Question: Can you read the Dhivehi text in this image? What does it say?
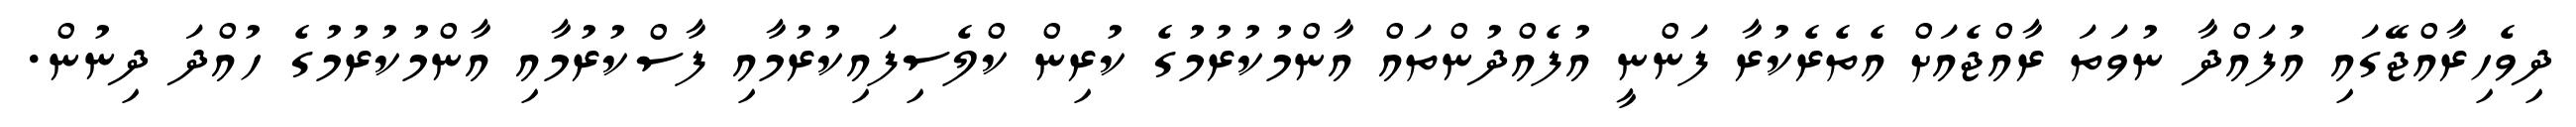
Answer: ދިވެހިރާއްޖޭގައި އުފައްދާ ނުވަތަ ރާއްޖެއަށް އެތެރެކުރާ ފަންނީ އުފެއްދުންތައް އާންމުކުރުމުގެ ކުރިން ކްލެސިފައިކުރުމާއި ފާސްކުރުމާއި އާންމުކުރުމުގެ ހުއްދަ ދިނުން.